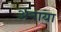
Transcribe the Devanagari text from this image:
अनाया